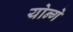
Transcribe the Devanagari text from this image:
योन्गे